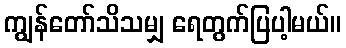
ကျွန်တော်သိသမျှ ရေတွက်ပြပါ့မယ်။